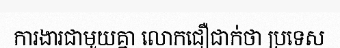
ការងារជាមួយគ្នា លោកជឿជាក់ថា ប្រទេស